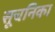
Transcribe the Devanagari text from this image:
सूचनिका